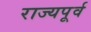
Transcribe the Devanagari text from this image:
राज्यपूर्व